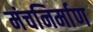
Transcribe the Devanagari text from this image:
मंचनिर्माण